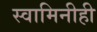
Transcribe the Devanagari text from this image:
स्वामिनीही